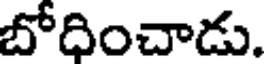
బోదించాడు.